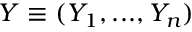
Y \equiv ( Y _ { 1 } , . . . , Y _ { n } )